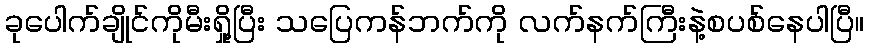
ခုပေါက်ချိုင်ကိုမီးရှို့ပြီး သပြေကန်ဘက်ကို လက်နက်ကြီးနဲ့စပစ်နေပါပြီ။